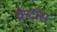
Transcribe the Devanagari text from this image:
क्रेटॉस